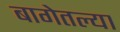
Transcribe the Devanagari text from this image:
बागेतल्या